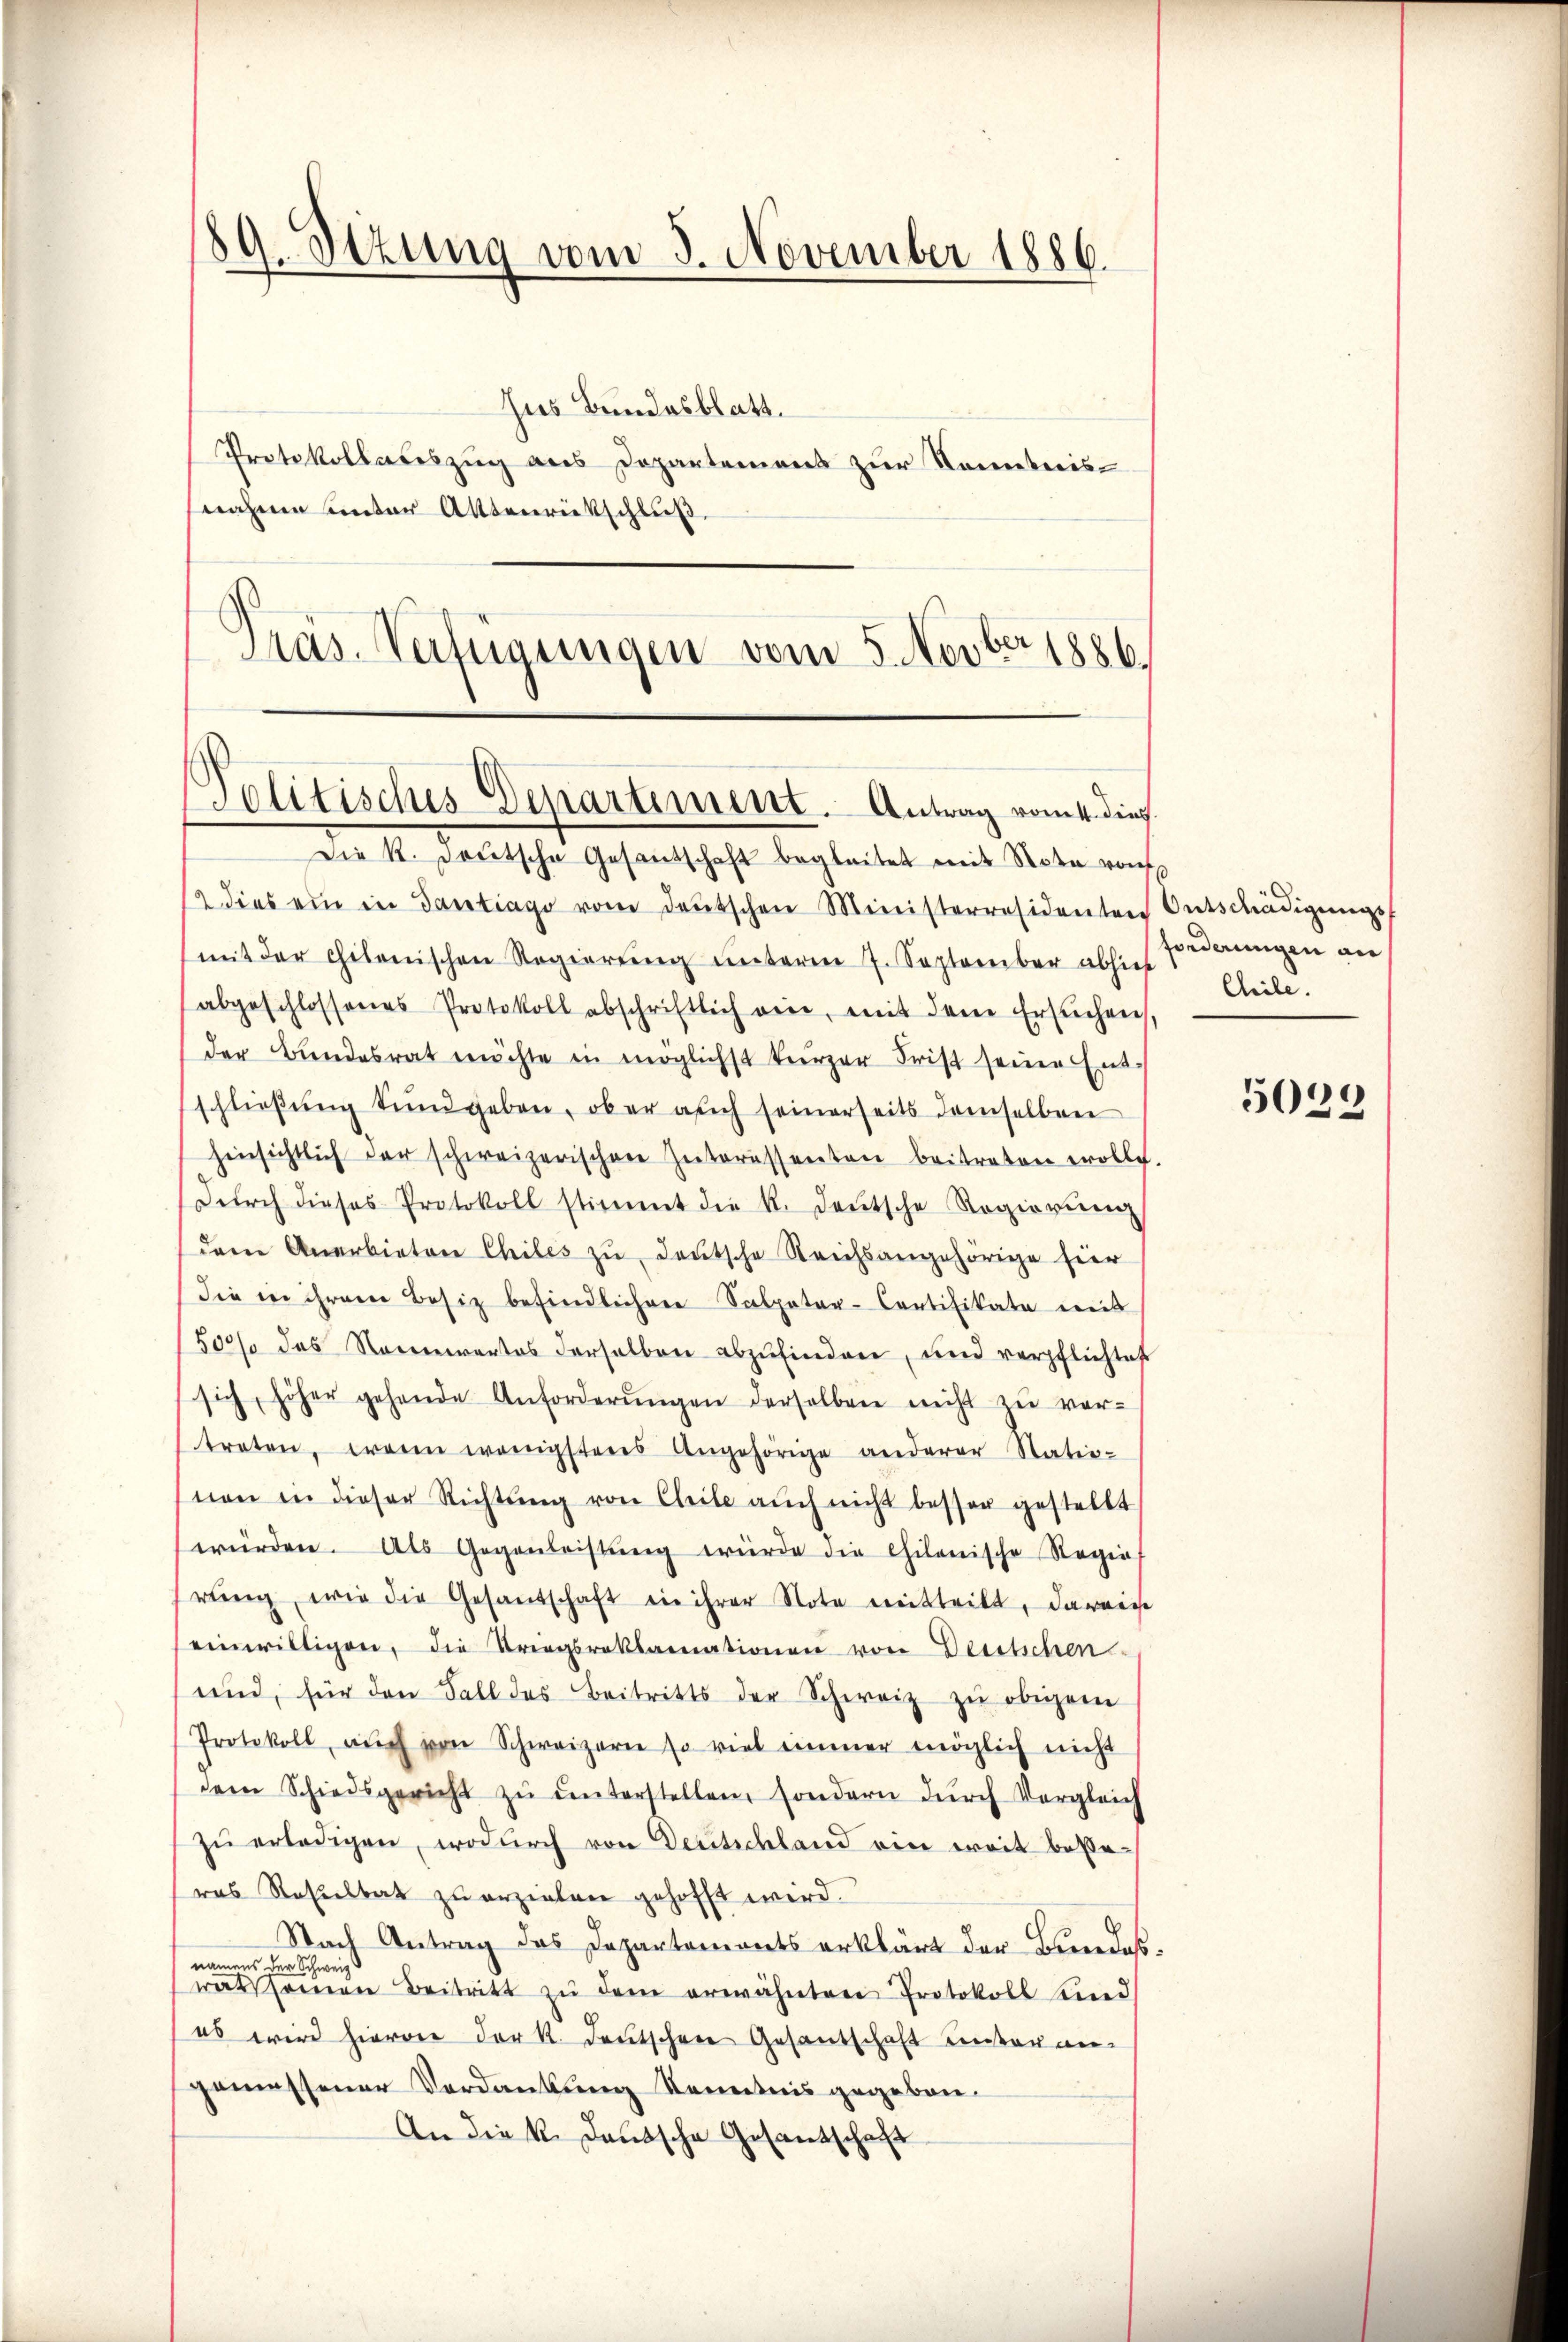
89. Sitzung vom 5. November 1886.

Solitisches Departement. Antrag vom 4. dies

Jus Bundesblatt.
Protokollateszug aus Departemens zur Kenntnisnahme unter Attenrückschluß.
Pras. Verfügungen vom 5. Novber 1886.

Die K. Deutsche Gesantschaft begleitet mit Note von
12 dies ein in Gantrage vom deŭtschen Ministerresidenten Entschädigungs-
mit der chilenischen Regierŭng ŭnterm 7. September abhies
abgeschlossenes Protokoll abschriftlich ein, mit dem Ersuchen,
der Bŭndesrat möchte in möglichst kurzer Frist seine Ent-
schlieβŭng tun geben, ob er auch seinerseits demselben
hinsichtlich der schweizerischen Interessenten beitreten wolle.
Dŭrch dieses Protokoll stimmt die k. deŭtsche Regierŭng
dem Anerbieten Chiles zŭ deutsche Reichsangehörige hier
die in ihrem Besitz befindlichen Salpetar-Contifikate mit
/50/ das Rennwartes derselben abzŭfinden, und verpflichtes
sich höher gehende Anforderŭngen derselben nicht zŭ ver-
traten, wenn wenigstens Angehörige anderer Statio-
nen in dieser Richtŭng von Cheile aŭch nicht besser gestellt
würden. Als Gegenleistŭng würde die chilenische Regie
rŭng, wie die Gesandschaft ein ihrer Note mitteilt, darauf
einwilligen, die Triegsroklamationen von Deutschen
und, für den Fall des Beitritts der Schweiz zŭ obigem
Protokoll, auch von Schweizern so viel immer möglich nicht
dem Schiedsgericht zŭ ŭnterstellen, sondern dŭrch Vergleich
zŭ erledigen, wodŭrch von Deutschland ein weit besteras Resultat zu erzielen gehofft wird.
Nach Antrag des Departemonts erklärt der Bundes-
namens der Schweiz
ratssamen Beitritt zŭ dem erwähnten Protokoll Kind
es wird hievon der K. Deutschen Gesantschaft unter angemessener Verdankung Kenntnis gegeben.
An die k. Deutsche Gesandschaft

forderungen an
Cheile.

)
503.